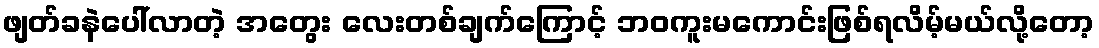
ဖျတ်ခနဲပေါ်လာတဲ့ အတွေး လေးတစ်ချက်ကြောင့် ဘဝကူးမကောင်းဖြစ်ရလိမ့်မယ်လို့တော့